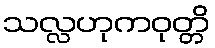
သလ္လဟုကဝုတ္တိ